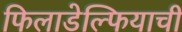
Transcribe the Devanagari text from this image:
फिलाडेल्फियाची